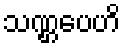
သဏ္ဌပေဟိ